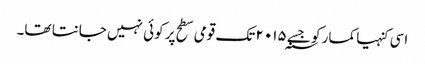
اسی کنہیا کمار کو جسے ۲۰۱۵؁ تک قومی سطح پر کوئی نہیں جانتا تھا۔